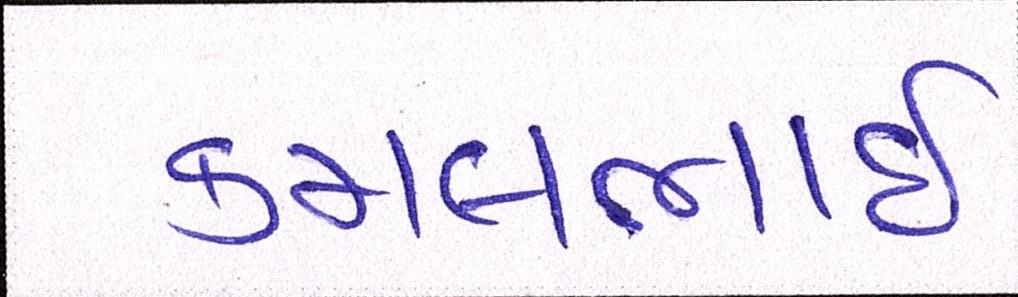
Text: કમલભાઇ